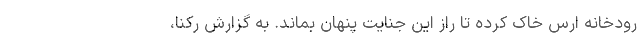
رودخانه ارس خاک کرده تا راز این جنایت پنهان بماند. به گزارش رکنا،